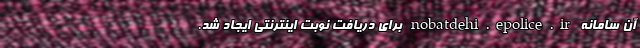
آن سامانه nobatdehi.epolice.ir برای دریافت نوبت اینترنتی ایجاد شد.